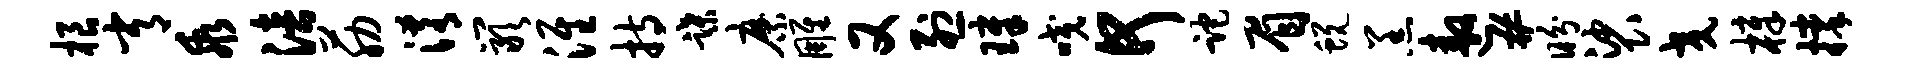
根常乖涪筋淆岩淮持蹀縻雕又烈璋咬何跎眉蜕羔遨#盼裟交樟撑